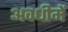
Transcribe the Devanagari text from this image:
अवधीमें